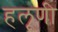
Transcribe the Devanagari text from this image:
हलूणी